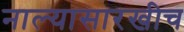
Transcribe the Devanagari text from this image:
नाल्यासारखीच